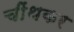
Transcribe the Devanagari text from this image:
चींथकर